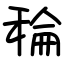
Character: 稐